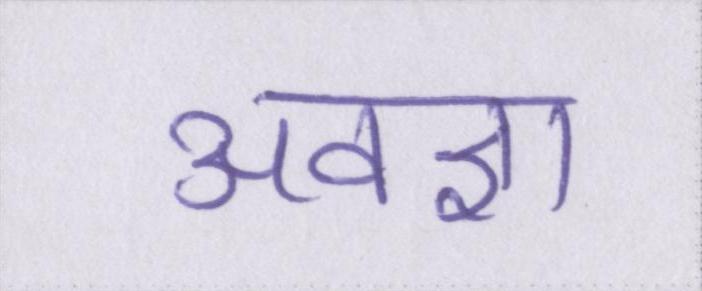
अवज्ञा